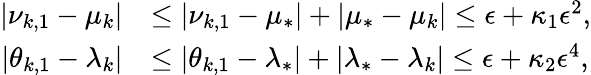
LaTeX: \begin{array}{rl}{|\nu_{k,1}-\mu_{k}|}&{\leq|\nu_{k,1}-\mu_{*}|+|\mu_{*}-\mu_{k}|\leq\epsilon+\kappa_{1}\epsilon^{2},}\\ {|\theta_{k,1}-\lambda_{k}|}&{\leq|\theta_{k,1}-\lambda_{*}|+|\lambda_{*}-\lambda_{k}|\leq\epsilon+\kappa_{2}\epsilon^{4},}\end{array}